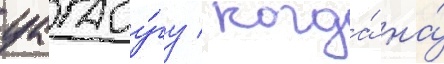
уагаду́гу / когда́ на́